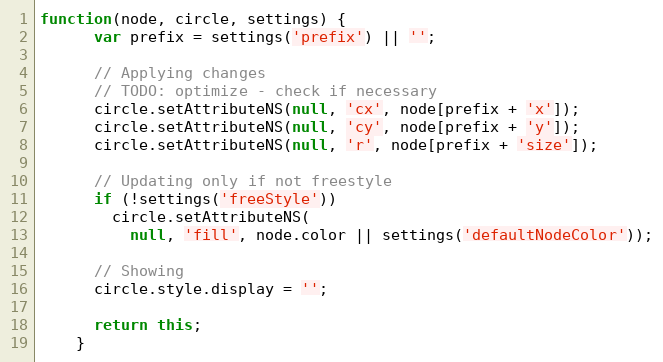
Language: JavaScript
function(node, circle, settings) {
      var prefix = settings('prefix') || '';

      // Applying changes
      // TODO: optimize - check if necessary
      circle.setAttributeNS(null, 'cx', node[prefix + 'x']);
      circle.setAttributeNS(null, 'cy', node[prefix + 'y']);
      circle.setAttributeNS(null, 'r', node[prefix + 'size']);

      // Updating only if not freestyle
      if (!settings('freeStyle'))
        circle.setAttributeNS(
          null, 'fill', node.color || settings('defaultNodeColor'));

      // Showing
      circle.style.display = '';

      return this;
    }